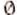
0